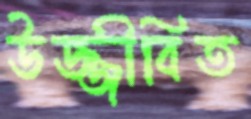
উজ্জীবিত